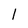
Character: l